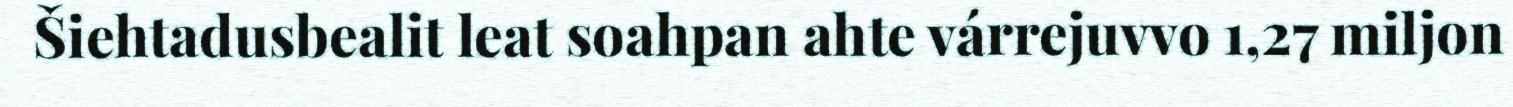
Šiehtadusbealit leat soahpan ahte várrejuvvo 1,27 miljon